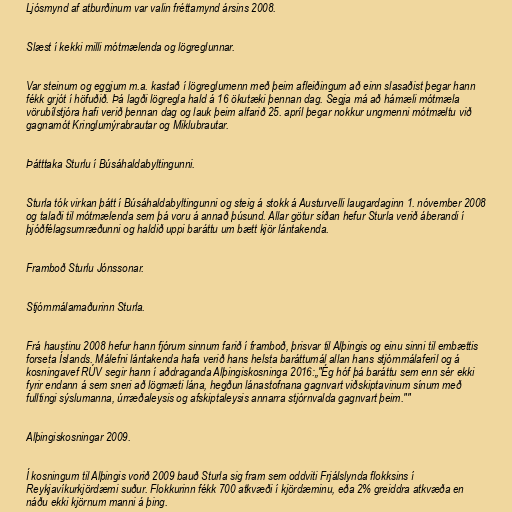
Ljósmynd af atburðinum var valin fréttamynd ársins 2008.

Slæst í kekki milli mótmælenda og lögreglunnar.

Var steinum og eggjum m.a. kastað í lögreglumenn með þeim afleiðingum að einn slasaðist þegar hann
fékk grjót í höfuðið. Þá lagði lögregla hald á 16 ökutæki þennan dag. Segja má að hámæli mótmæla
vörubílstjóra hafi verið þennan dag og lauk þeim alfarið 25. apríl þegar nokkur ungmenni mótmæltu við
gagnamót Kringlumýrabrautar og Miklubrautar.

Þátttaka Sturlu í Búsáhaldabyltingunni.

Sturla tók virkan þátt í Búsáhaldabyltingunni og steig á stokk á Austurvelli laugardaginn 1. nóvember 2008
og talaði til mótmælenda sem þá voru á annað þúsund. Allar götur síðan hefur Sturla verið áberandi í
þjóðfélagsumræðunni og haldið uppi baráttu um bætt kjör lántakenda.

Framboð Sturlu Jónssonar.

Stjórnmálamaðurinn Sturla.

Frá haustinu 2008 hefur hann fjórum sinnum farið í framboð, þrisvar til Alþingis og einu sinni til embættis
forseta Íslands. Málefni lántakenda hafa verið hans helsta baráttumál allan hans stjórnmálaferil og á
kosningavef RÚV segir hann í aðdraganda Alþingiskosninga 2016:„"Ég hóf þá baráttu sem enn sér ekki
fyrir endann á sem sneri að lögmæti lána, hegðun lánastofnana gagnvart viðskiptavinum sínum með
fulltingi sýslumanna, úrræðaleysis og afskiptaleysis annarra stjórnvalda gagnvart þeim.""

Alþingiskosningar 2009.

Í kosningum til Alþingis vorið 2009 bauð Sturla sig fram sem oddviti Frjálslynda flokksins í
Reykjavíkurkjördæmi suður. Flokkurinn fékk 700 atkvæði í kjördæminu, eða 2% greiddra atkvæða en
náðu ekki kjörnum manni á þing.